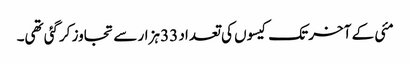
مئی کے آخر تک کیسوں کی تعداد 33 ہزار سے تجاوز کرگئی تھی۔